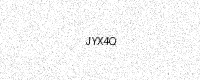
Text: JYX4Q